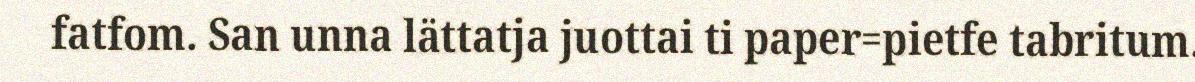
fatfom. San unna lättatja juottai ti paper=pietfe tabritum.